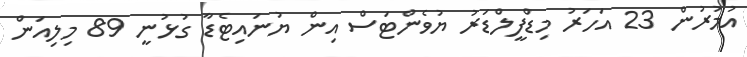
އުމުރުން 23 އަހަރު މިޑްފީލްޑަރު ޔުވެންޓަސް އިން ޔުނައިޓެޑާ ގުޅުނީ 89 މިލިއަން